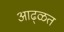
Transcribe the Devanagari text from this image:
आढ्ळत